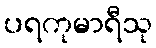
ပရကုမာရီသု